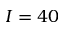
I = 4 0